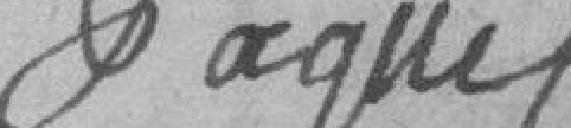
Pâquet